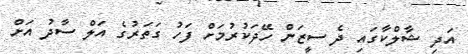
އަދި ޝާލްކާގައި ދެ ސީޒަން ހޭދަކުރުމަށް ފަހު ގަތަރުގެ އަލް ސާދު އަށް